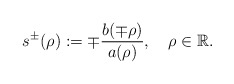
\begin{align*}s^{\pm}(\rho):=\mp\frac{b(\mp\rho)}{a(\rho)},\quad\rho\in\mathbb{R}.\end{align*}